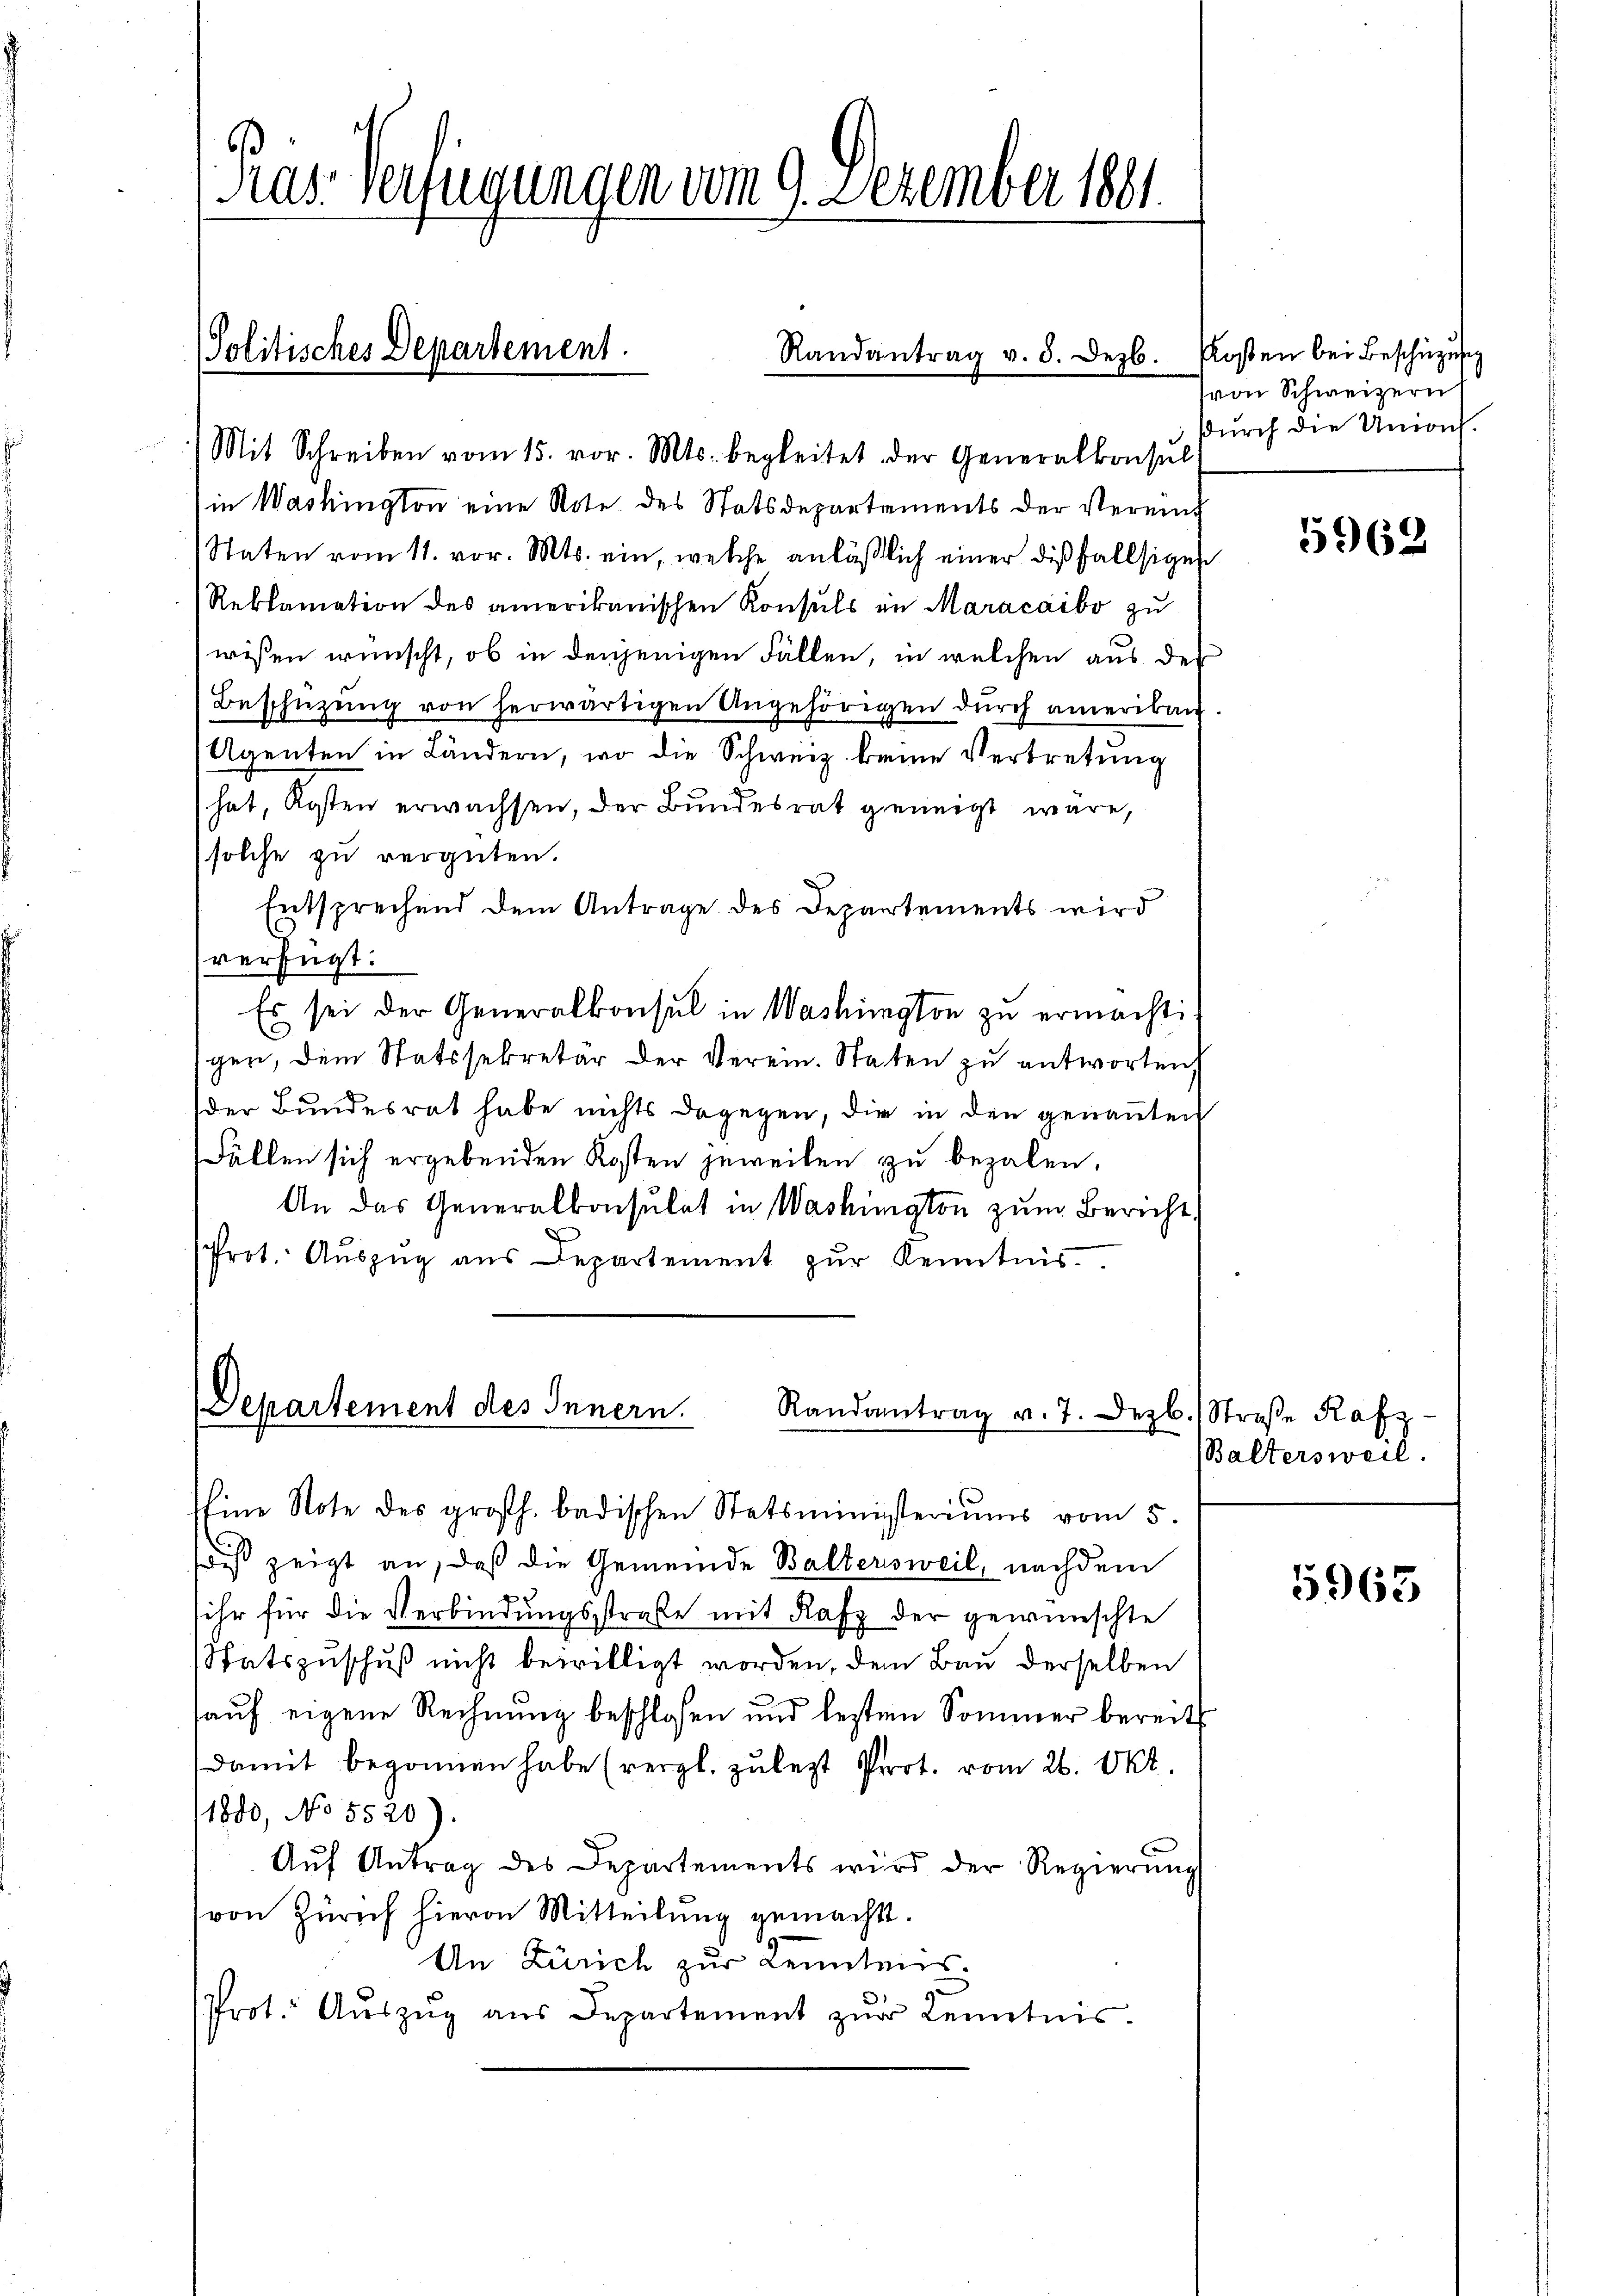
Pras. Verfügungen vom 9. Dezember 1881

Mit Schreiben vom 15. vor. Mts. begleitet der Generalkonsul
in Washington eine Note des Statsdepartements der Vereint
Staten vom 11. vor. Mts. ein, welche anläßlich einer dießfallsigen
Reklamation des amerikanischen Konsuls in Maracaibo zu
wissen wünscht, ob in denjenigen Fällen, in welchen aus der
Beschüzŭng von herwärtigen Angehörigen durch amerikan
Agenten in Ländern, wo die Schweiz keine Vertretung
hat, Kosten erwachsen, der Bundesrat geneigt wäre,
solche zu vergüten.
Entsprechend dem Antrage des Departements wird
verfügt:
Es sei der Generalkonsul in Washington zu ermacht:
gen, dem Statssekretär der Verein. Staten zu antworten
der Bundesrat habe nichts dagegen, die in den genannten
Fällen sich ergebenden Kosten jeweilen zu bezalen.
An das Generalkonsulat in Washington zum Bericht,
(Prot. Aŭszŭg aŭs Departement zŭr Kenntnis.

Politisches Departement.

Randantrag v. 3. Dezb. Rosen bei Beschüzung

seine Note des großh. badischen Statsministeriums vom 5.
ß zeigt an, daß die Gemeinde Baltersweil, nachdem
sihr für die Verbindungsstraße mit Rafz der gewünschte
Statszuschuß nicht bewilligt worden, dem Bau derselben
auf eigene Rechnung beschlosen und besten Sommer bereit
damit begonnen habe (vergl. zuletzt Prot. vom 26. Okt.
11880, No 5520).
Auf Antrag des Departements wird der Regierung
von Zürich hievon Mitteilŭng gemacht.
An Zürich zur Kenntens.
Prot. Aŭszŭg aŭs Departement zŭr Kenntnis.

Departement des Innern.
Randantrag v. 7. Dezb.) Straße Rafz

von Schweizern
durch die Unions

5962

(Baltersweil.

5963